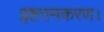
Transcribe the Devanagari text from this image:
इष्टतमकरण।